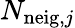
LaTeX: N_{\mathrm{neig},j}